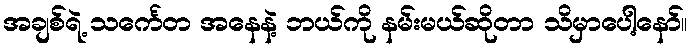
အချစ်ရဲ့ သင်္ကေတ အနေနဲ့ ဘယ်ကို နမ်းမယ်ဆိုတာ သိမှာပေါ့နော်။